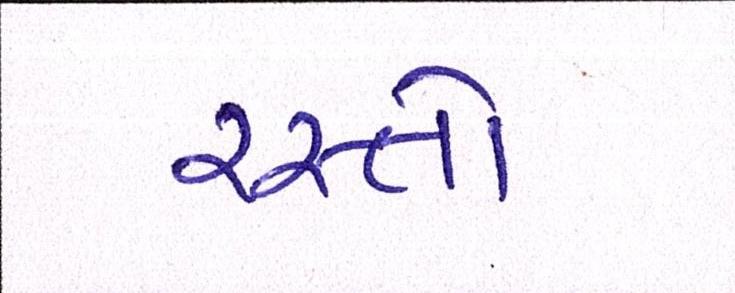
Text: રસ્તો